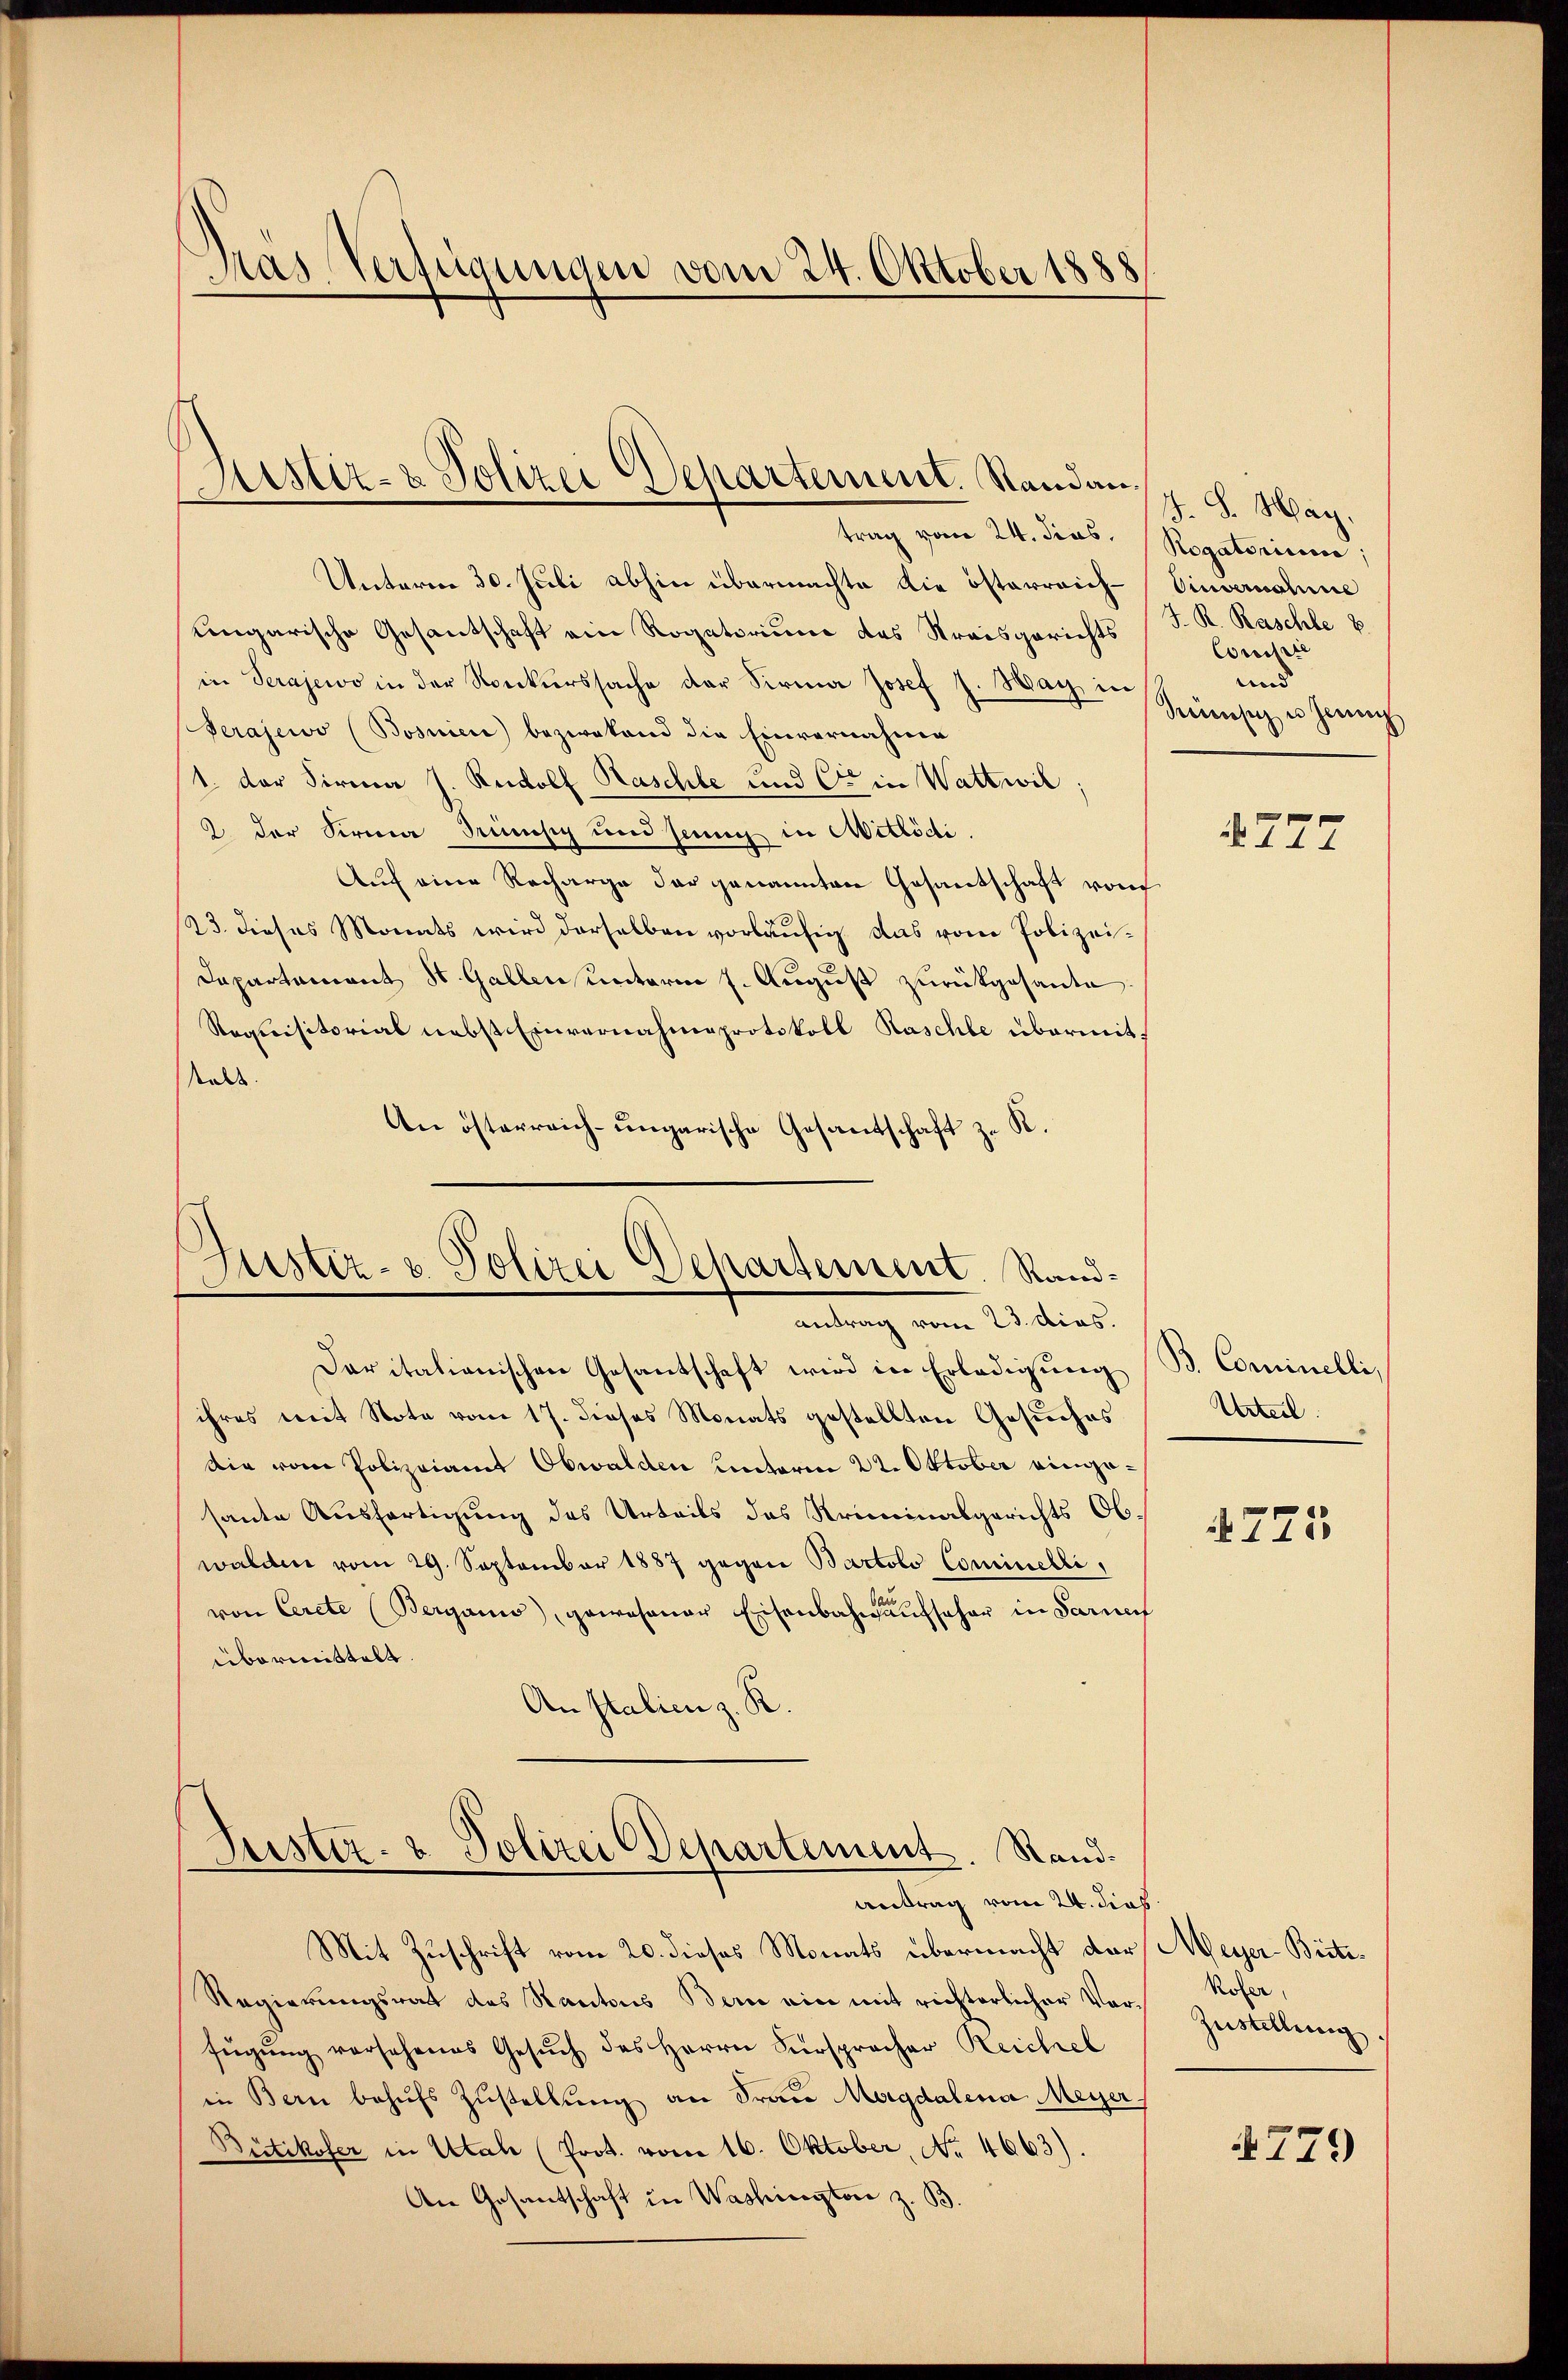
Mas Verfügungen vom 24. Oktober 1888

Justiz- & Polizei Departement. Standau.

trag vom 24. dies. Rogatorium,
Unterer 30. Juli abhin übermachte die österreich-Vinvernahme
ungarische Gesantschaft ein Rogatorium des Streisgerichts
in Serajewo in der Konkurssache der Sirma Josef J. Hag in
Perajewo (Bosnien bezwakand die Einvernahme
1. der Firma J. Rudolf Kaschle und Cie in Wattwil;
2 der Firma Bisig und seine in Wittödi.
Auf eine Recharge der genannten Gesantschaft von
23. dieses Monats wird derselben vorläufig das vom Polizei¬
Dapartement St. Gallen unterm 1. August zurückgesante.
Requisitorial nebst Einvernahmsprotokoll Kaschte übermitstalt.
R.
An österreich-ungarische Gesantschaft zu

Justiz- & Polizei Departement. Standantrag vom 23. dies.

Suster- & Polizei Departement. Sand¬
Antrag vom 24. dies

Mit Zuschrift vom 20. dieses Monats übermacht darf Meyer-Büte¬
Regierungsrat des Kantons Bern ein mit richterlicher Vorfŭgŭng vorsehenes Gesŭch des Herrn Fürspracher Reichel
in Bern behŭfs Zŭstellung an Frau Magdalena Meyer
Bietikofer in Utah (Prot. vom 16. Oktober, No. 4663).
An Gesantschaft in Washirectore z. B.

Daritalionischen Gesantschaft wird in Erledigung B. Cominelli,
ihres mit Note vom 17. dieses Monats gestellten Gesŭches
Die vom Polizeiamt Obwalden hinterm 22. Oktober eingesante Ausfertigung des Urteils des Kriminalgerichts Obwalden vom 29. September 1887 gegen Bartolo Cominelli,
von Cerete (Berganis), gewesener Eisenbahnaŭfseher in Sarnen
übermittelt.
An Italien z. R.

J.S. May.
J. R. Raschle 8.
Concilite
und
Minsich es jene

§777

Urteil.

4775

Rofer,
Zustellung.

4779